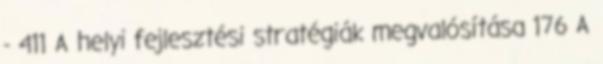
- 411 A helyi fejlesztési stratégiák megvalósítása 176 A